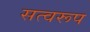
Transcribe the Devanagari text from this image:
सत्वरूप